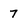
Character: 7